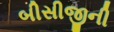
બીસીજીની